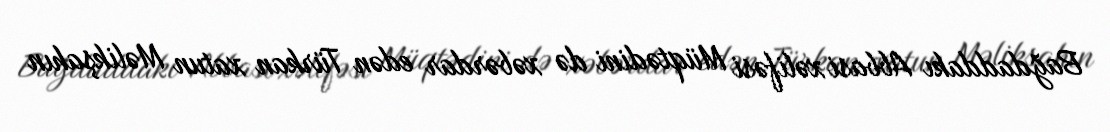
Bağdaddakı Abbasi xəlifəsi Müqtədini də xəbərdar edən Türkan xatun Məlikşahın